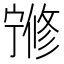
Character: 𡪇